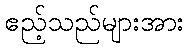
ဧည့်သည်များအား